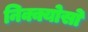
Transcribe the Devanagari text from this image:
निक्क्योसो